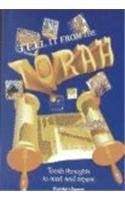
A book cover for Tell It From the Torah: B'rashit - Shemot; Teen & Young Adult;